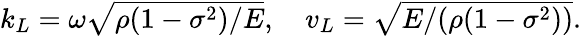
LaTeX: \begin{array}{r}{k_{L}=\omega\sqrt{\rho(1-\sigma^{2})/E},\quad v_{L}=\sqrt{E/(\rho(1-\sigma^{2}))}.}\end{array}